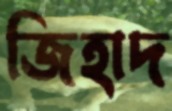
জিহাদ